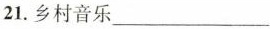
21.乡村音乐___